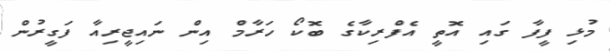
މުޅި ފީފާ ގައި އޮތީ އެފްރިކާގެ ބޮކޯ ހަރާމް އިން ނައިޖީރިއާ ފަގީރުން